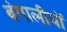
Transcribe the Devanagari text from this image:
बंगालीयों